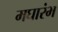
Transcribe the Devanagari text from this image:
मघारंभ